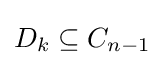
D_{k}\subseteq C_{n-1}